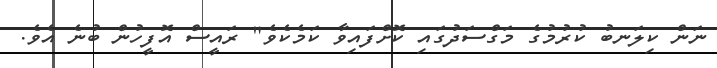
ނަން ކިލަނބު ކުރުމުގެ މަގްސަދުގައި ކޮށްފައިވާ ކަމެކެވެ" ރައީސް އޮފީހުން ބުނެ އެވެ.